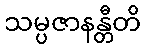
သမ္ပဇာနန္တီတိ